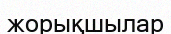
жорықшылар